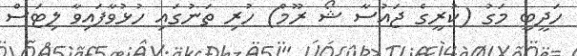
ހަދީބީ މަގު (ކުރީގެ ޖައުސާ ޝޯ ރޫމް) ހުރި ތަނުގައި ހުޅުވާފައިވާ ލިޓަސް